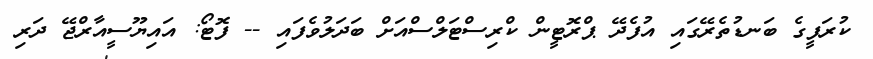
ކުރަފީގެ ބަނޑުތެރޭގައި އުފެދޭ ޕްރޮޓީން ކްރިސްޓަލްސްއަށް ބަދަލުވެފައި -- ފޮޓޯ: އައިޔޫސީއާރްޖޭ ދަރި